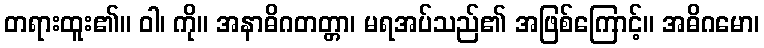
တရားထူး၏။ ဝါ၊ ကို။ အနာဓိဂတတ္တာ၊ မရအပ်သည်၏ အဖြစ်ကြောင့်။ အဓိဂမော၊